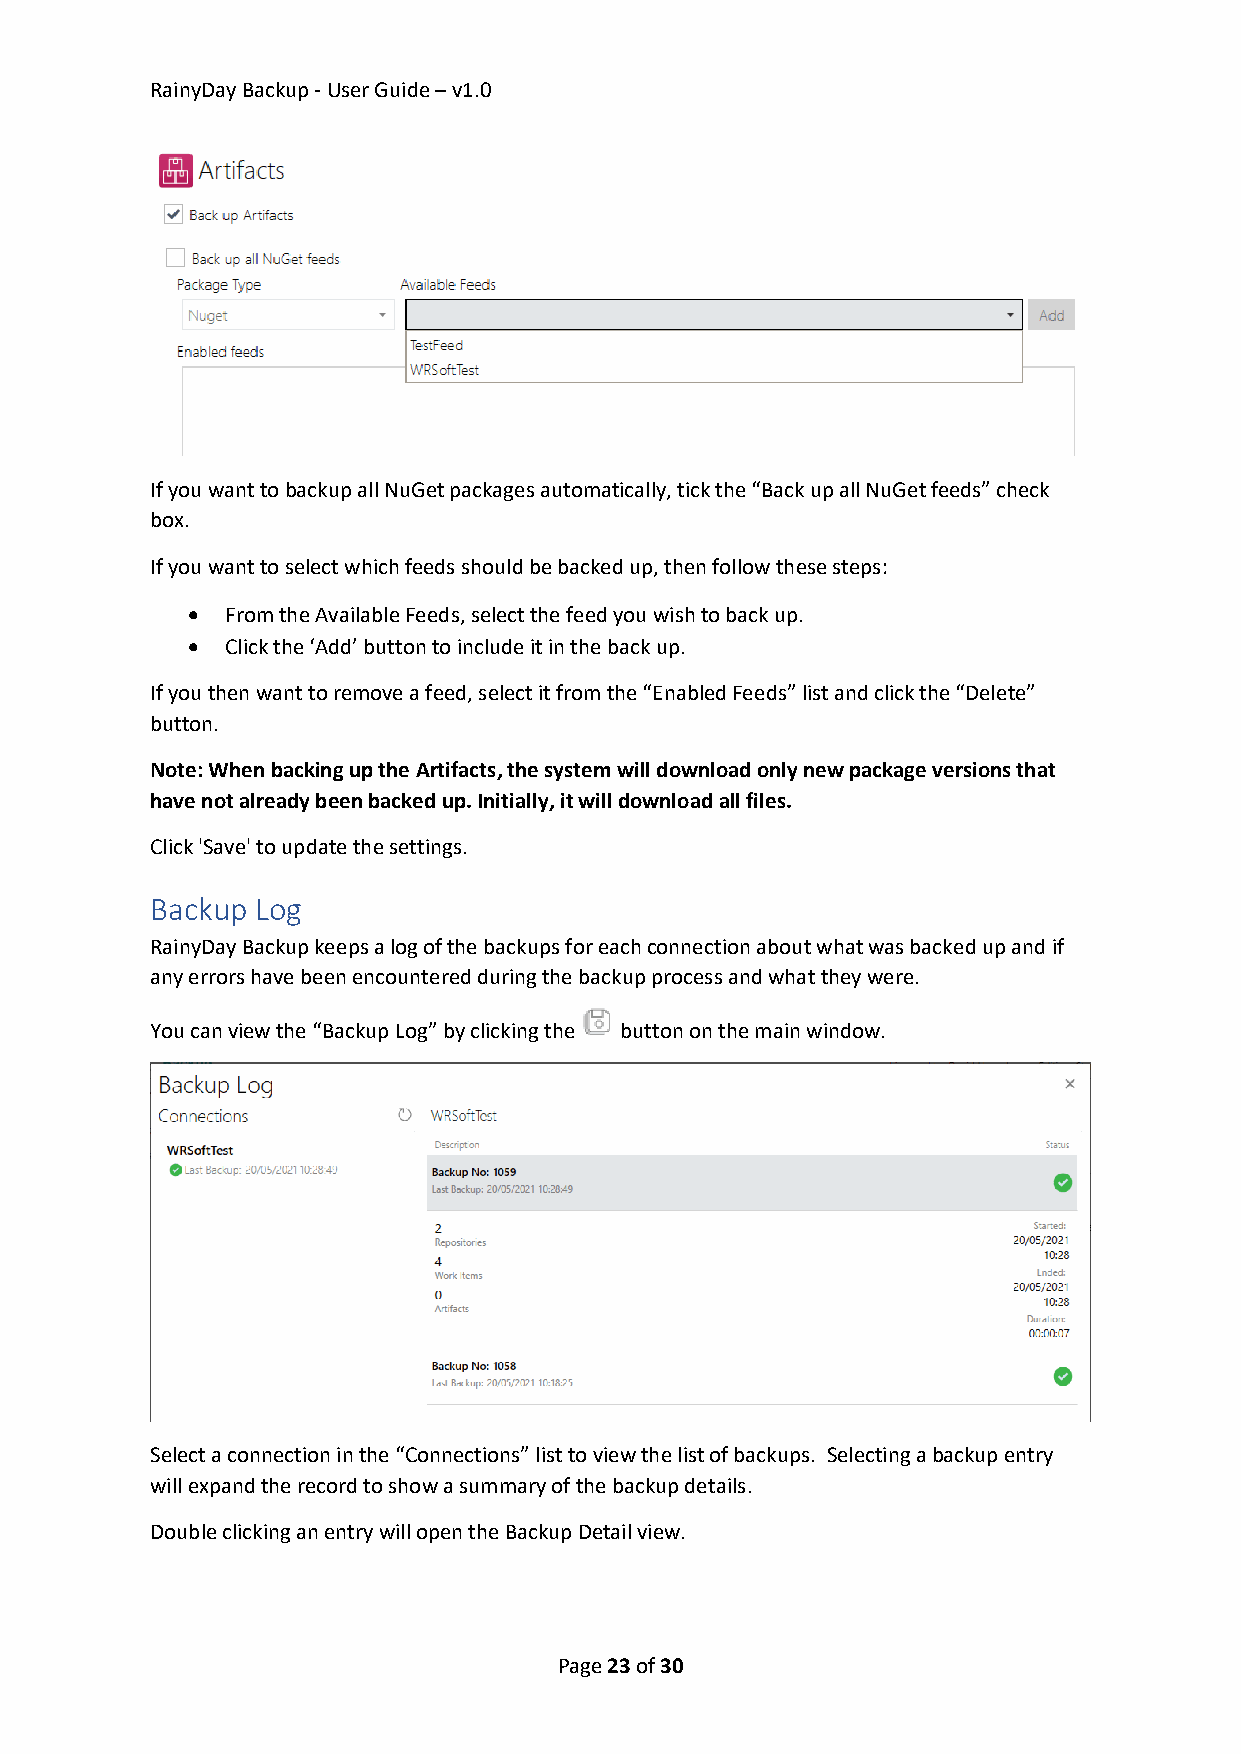
RainyDay Backup - User Guide – v1.0
 If you want to backup all NuGet packages automatically, tick the “Back up all NuGet feeds” check
 box.
 If you want to select which feeds should be backed up, then follow these steps:
 •  From the Available Feeds, select the feed you wish to back up.
 •  Click the ‘Add’ button to include it in the back up.
 If you then want to remove a feed, select it from the “Enabled Feeds” list and click the “Delete”
 button.
 Note: When backing up the Artifacts, the system will download only new package versions that
 have not already been backed up. Initially, it will download all files.
 Click 'Save' to update the settings.
 Backup Log
 RainyDay Backup keeps a log of the backups for each connection about what was backed up and if
 any errors have been encountered during the backup process and what they were.
 You can view the “Backup Log” by clicking the button on the main window.
 Select a connection in the “Connections” list to view the list of backups. Selecting a backup entry
 will expand the record to show a summary of the backup details.
 Double clicking an entry will open the Backup Detail view.
 Page 23 of 30